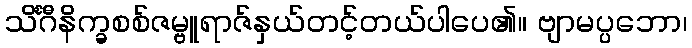
သိင်္ဂီနိက္ခစစ်ဇမ္ဗူရာဇ်နှယ်တင့်တယ်ပါပေ၏။ ဗျာမပ္ပဘော၊